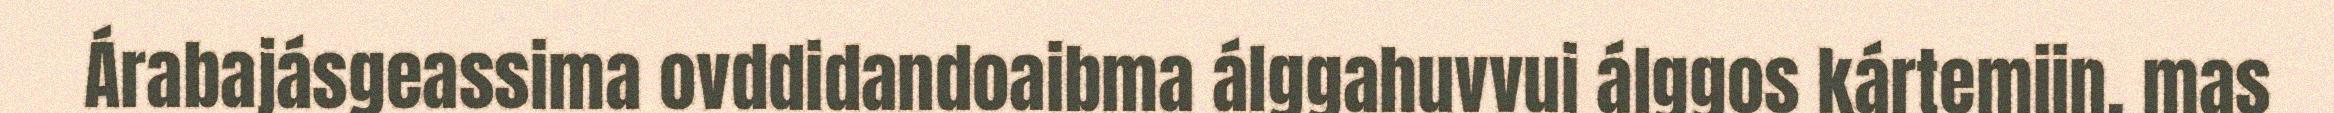
Árabajásgeassima ovddidandoaibma álggahuvvui álggos kártemiin, mas